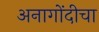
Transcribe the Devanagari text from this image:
अनागोंदीचा